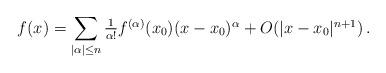
LaTeX: \begin{align*}f(x)=\sum_{|\alpha|\le n}\textstyle\frac1{\alpha!}f^{(\alpha)}(x_0)(x-x_0)^\alpha+O(|x-x_0|^{n+1})\,.\end{align*}